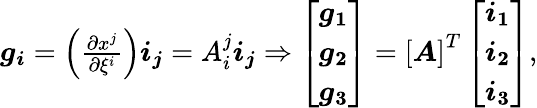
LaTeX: \begin{array}{r}{\boldsymbol{g_{i}}=\left(\frac{\partial x^{j}}{\partial\xi^{i}}\right)\boldsymbol{i_{j}}=A_{i}^{j}\boldsymbol{i_{j}}\Rightarrow\left[\begin{array}{l}{\boldsymbol{g_{1}}}\\ {\boldsymbol{g_{2}}}\\ {\boldsymbol{g_{3}}}\end{array}\right]=\left[\boldsymbol{A}\right]^{T}\left[\begin{array}{l}{\boldsymbol{i_{1}}}\\ {\boldsymbol{i_{2}}}\\ {\boldsymbol{i_{3}}}\end{array}\right],}\end{array}